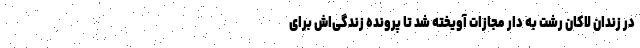
در زندان لاکان رشت به دار مجازات آویخته شد تا پرونده زندگی‌اش برای